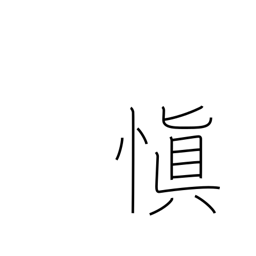
Meaning: chastity